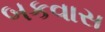
બકવાસ